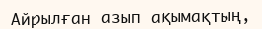
Айрылған азып ақымақтың,